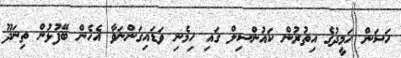
ހަސަން ހަމީދުގެ އިތުރުން ކައުންސިލް ގައި ހިމެނި ވަޑައިގަންނަވާ އެހެން ބޭފުޅުން ތިނަދޫ